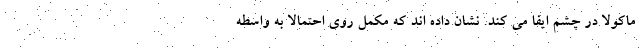
ماکولا در چشم ایفا می کند. نشان داده اند که مکمل روی احتمالا به واسطه